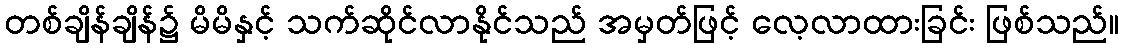
တစ်ချိန်ချိန်၌ မိမိနှင့် သက်ဆိုင်လာနိုင်သည် အမှတ်ဖြင့် လေ့လာထားခြင်း ဖြစ်သည်။